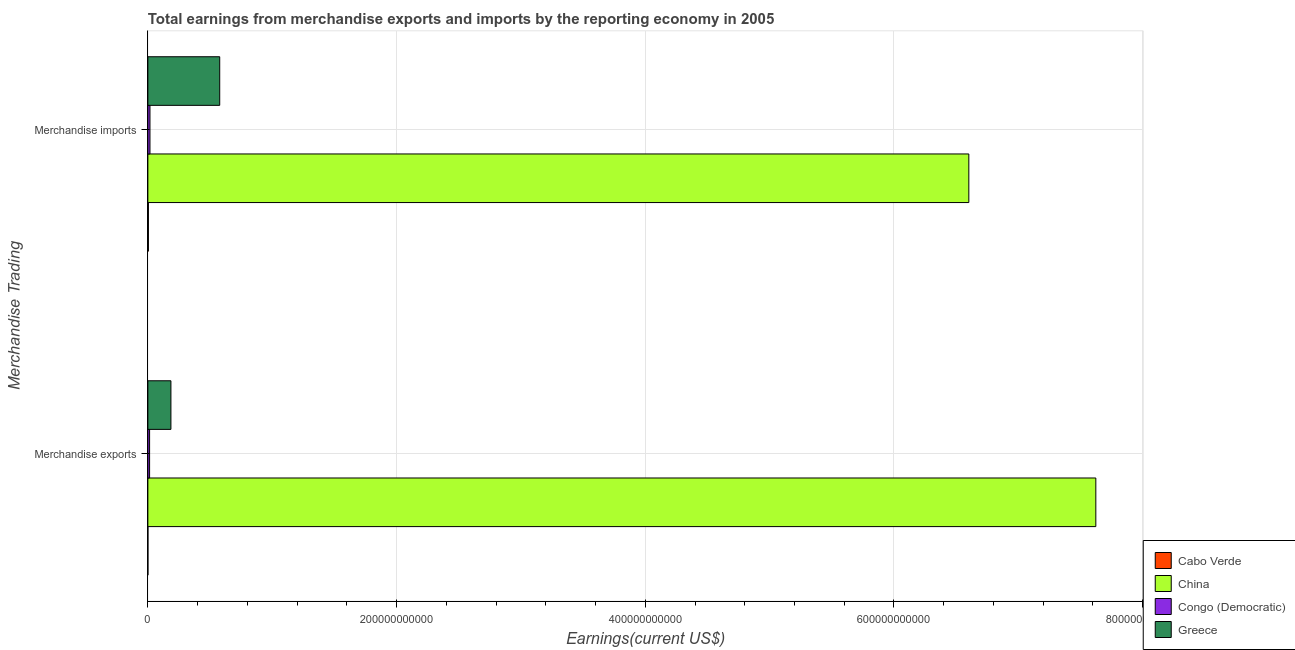
| Merchandise Trading | Cabo Verde | China | Congo (Democratic) | Greece |
 | --- | --- | --- | --- | --- |
 | Merchandise exports | 1.77e+07 | 7.62e+11 | 1.38e+09 | 1.85e+10 |
 | Merchandise imports | 4.32e+08 | 6.6e+11 | 1.69e+09 | 5.78e+10 |